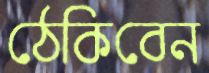
ঠেকিবেন